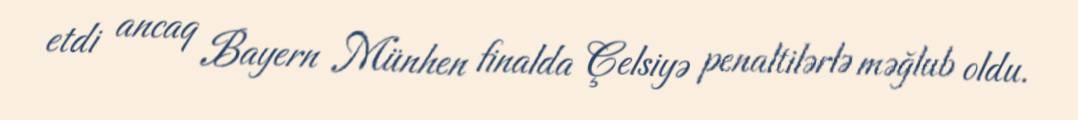
etdi ancaq Bayern Münhen finalda Çelsiyə penaltilərlə məğlub oldu.